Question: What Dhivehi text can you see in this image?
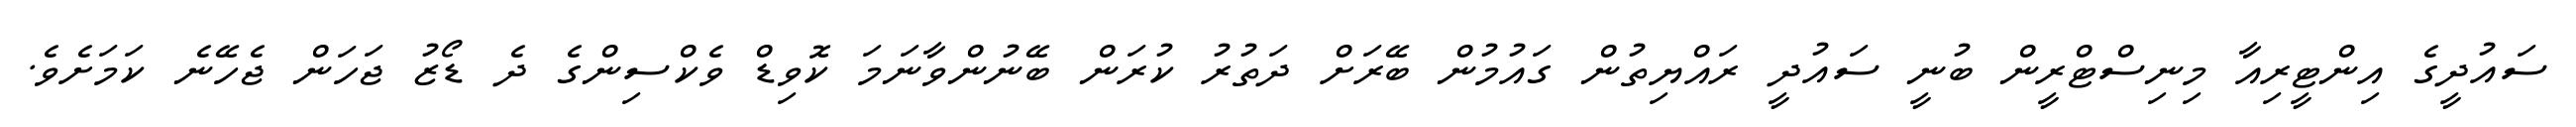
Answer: ސައުދީގެ އިންޓީރިއާ މިނިސްޓްރީން ބުނީ ސައުދީ ރައްޔިތުން ގައުމުން ބޭރަށް ދަތުރު ކުރަން ބޭނުންވާނަމަ ކޮވިޑް ވެކްސިންގެ ދެ ޑޯޒު ޖަހަން ޖެހޭނެ ކަމަށެވެ.